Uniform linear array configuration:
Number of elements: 8
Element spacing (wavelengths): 0.75
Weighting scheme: uniform
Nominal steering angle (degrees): -30
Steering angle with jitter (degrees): -30.513
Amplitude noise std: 0.05
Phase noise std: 0.05

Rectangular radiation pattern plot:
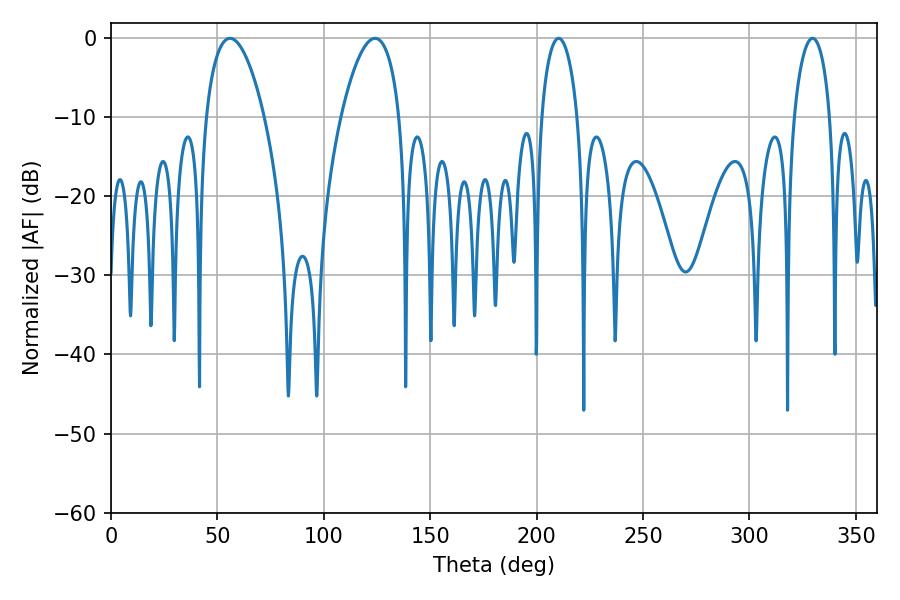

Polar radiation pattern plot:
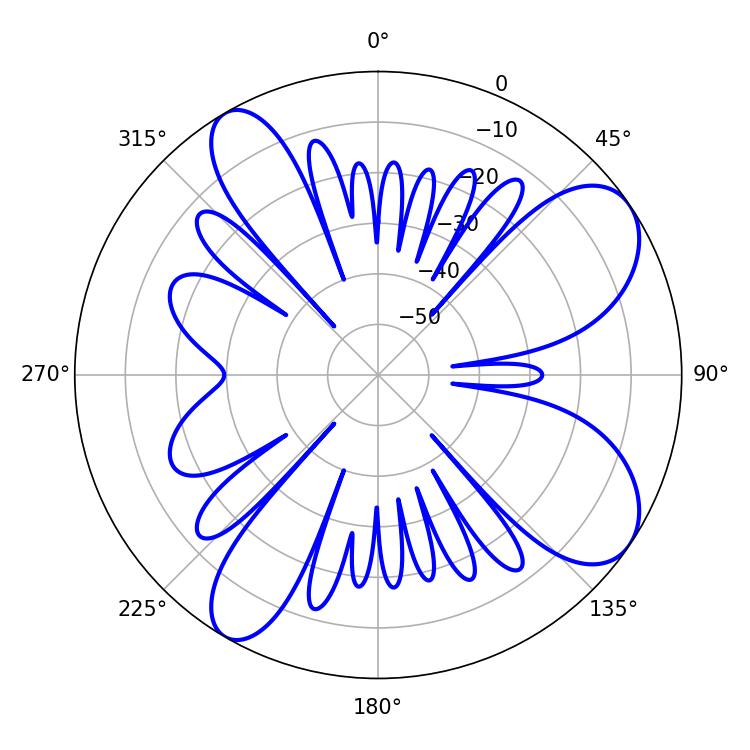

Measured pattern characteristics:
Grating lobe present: TRUE
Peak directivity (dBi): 8.567
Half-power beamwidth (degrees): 15.3
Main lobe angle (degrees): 55.98